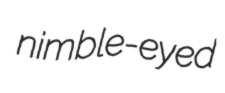
nimble-eyed